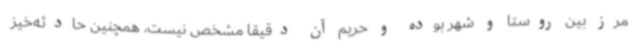
مرز بین روستا و شهر بوده و حریم آن دقیقاً مشخص نیست، همچنین حادثه‌خیز